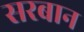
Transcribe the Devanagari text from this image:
सरबान